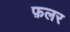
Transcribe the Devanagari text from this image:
फ़लर